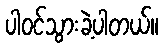
ပါဝင်သွားခဲ့ပါတယ်။